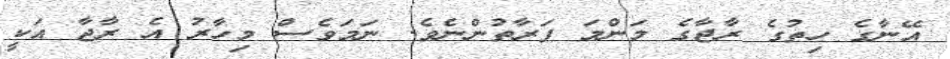
އޭނާގެ ހިތުގެ ރާޖާގެ މަންމަ ފަރާތުންނެވެ. ނަމަވެސް މިހާރު އެ ރާޖާ އަކީ